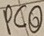
Text: PCO